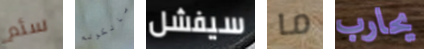
سئم مالكولم سيفشل ما يحارب